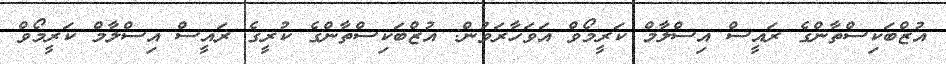
އުޒްބަކިސްތާންގެ ރައީސް އިސްލާމް ކަރީމޯވް އަވަހާރަވުން: އުޒްބަކިސްތާންގެ ކުރީގެ ރައީސް އިސްލާމް ކަރީމޯވް